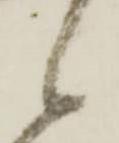
候